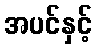
အပင်နှင့်